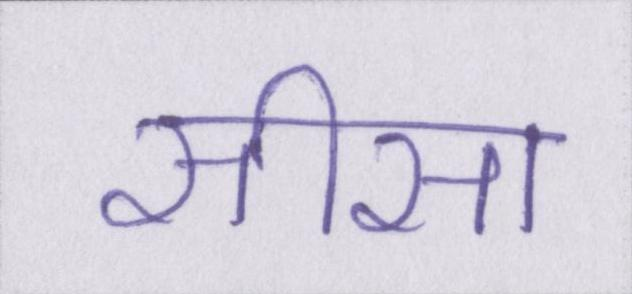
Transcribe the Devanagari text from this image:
सीसा